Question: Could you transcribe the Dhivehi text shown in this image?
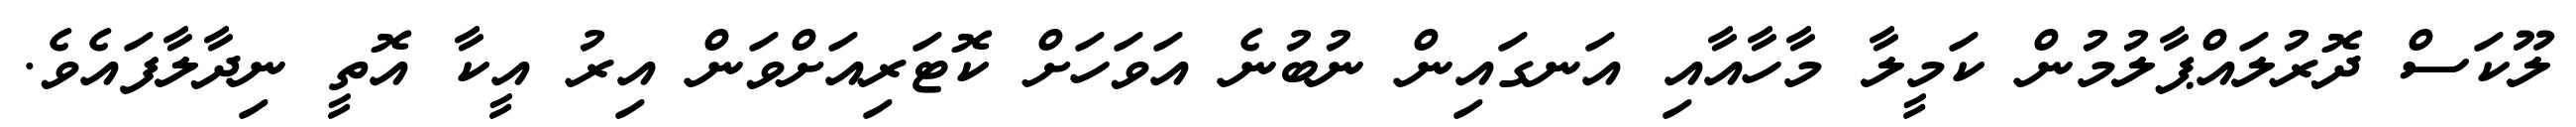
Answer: ލޫކަސް ދޮރުލައްޕާލުމުން ކަމީލާ މާހާއާއި އަނގައިން ނުބުނެ އަވަހަށް ކޮޓަރިއަށްވަން އިރު އީކާ އޮތީ ނިދާލާފައެވެ.